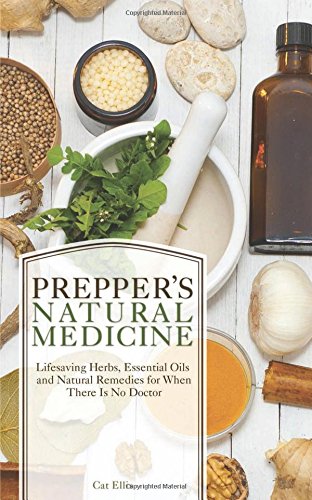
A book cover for Prepper's Natural Medicine: Life-Saving Herbs, Essential Oils and Natural Remedies for When There is No Doctor; Cat Ellis; Health, Fitness & Dieting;